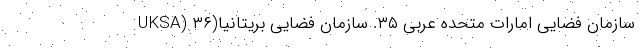
سازمان فضایی امارات متحده عربی ۳۵. سازمان فضایی بریتانیا(UKSA) ۳۶